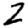
Digit: 2